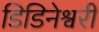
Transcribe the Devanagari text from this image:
डिडिनेश्वरी